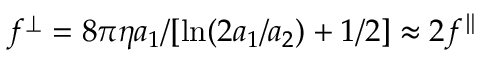
f ^ { \perp } = 8 \pi \eta a _ { 1 } / [ \mathrm { l n } ( 2 a _ { 1 } / a _ { 2 } ) + 1 / 2 ] \approx 2 f ^ { \parallel }